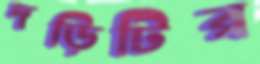
দড়িটির